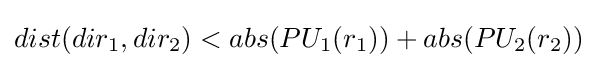
dist(dir_{1},dir_{2})<abs(PU_{1}(r_{1}))+abs(PU_{2}(r_{2}))